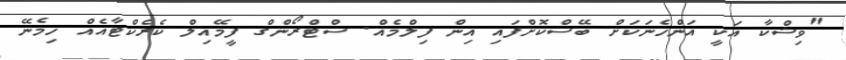
"ވިޝްކާ އަކީ އަންހެނަކަށް ބޭސްކޮށްފައި އިން ފިލްމެއް. ސްޓްރޯންގް ފީމޭއިލް ކެރެކްޓާއެއް ހިމެނޭ